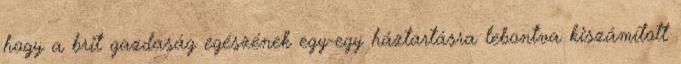
hogy a brit gazdaság egészének egy-egy háztartásra lebontva kiszámított